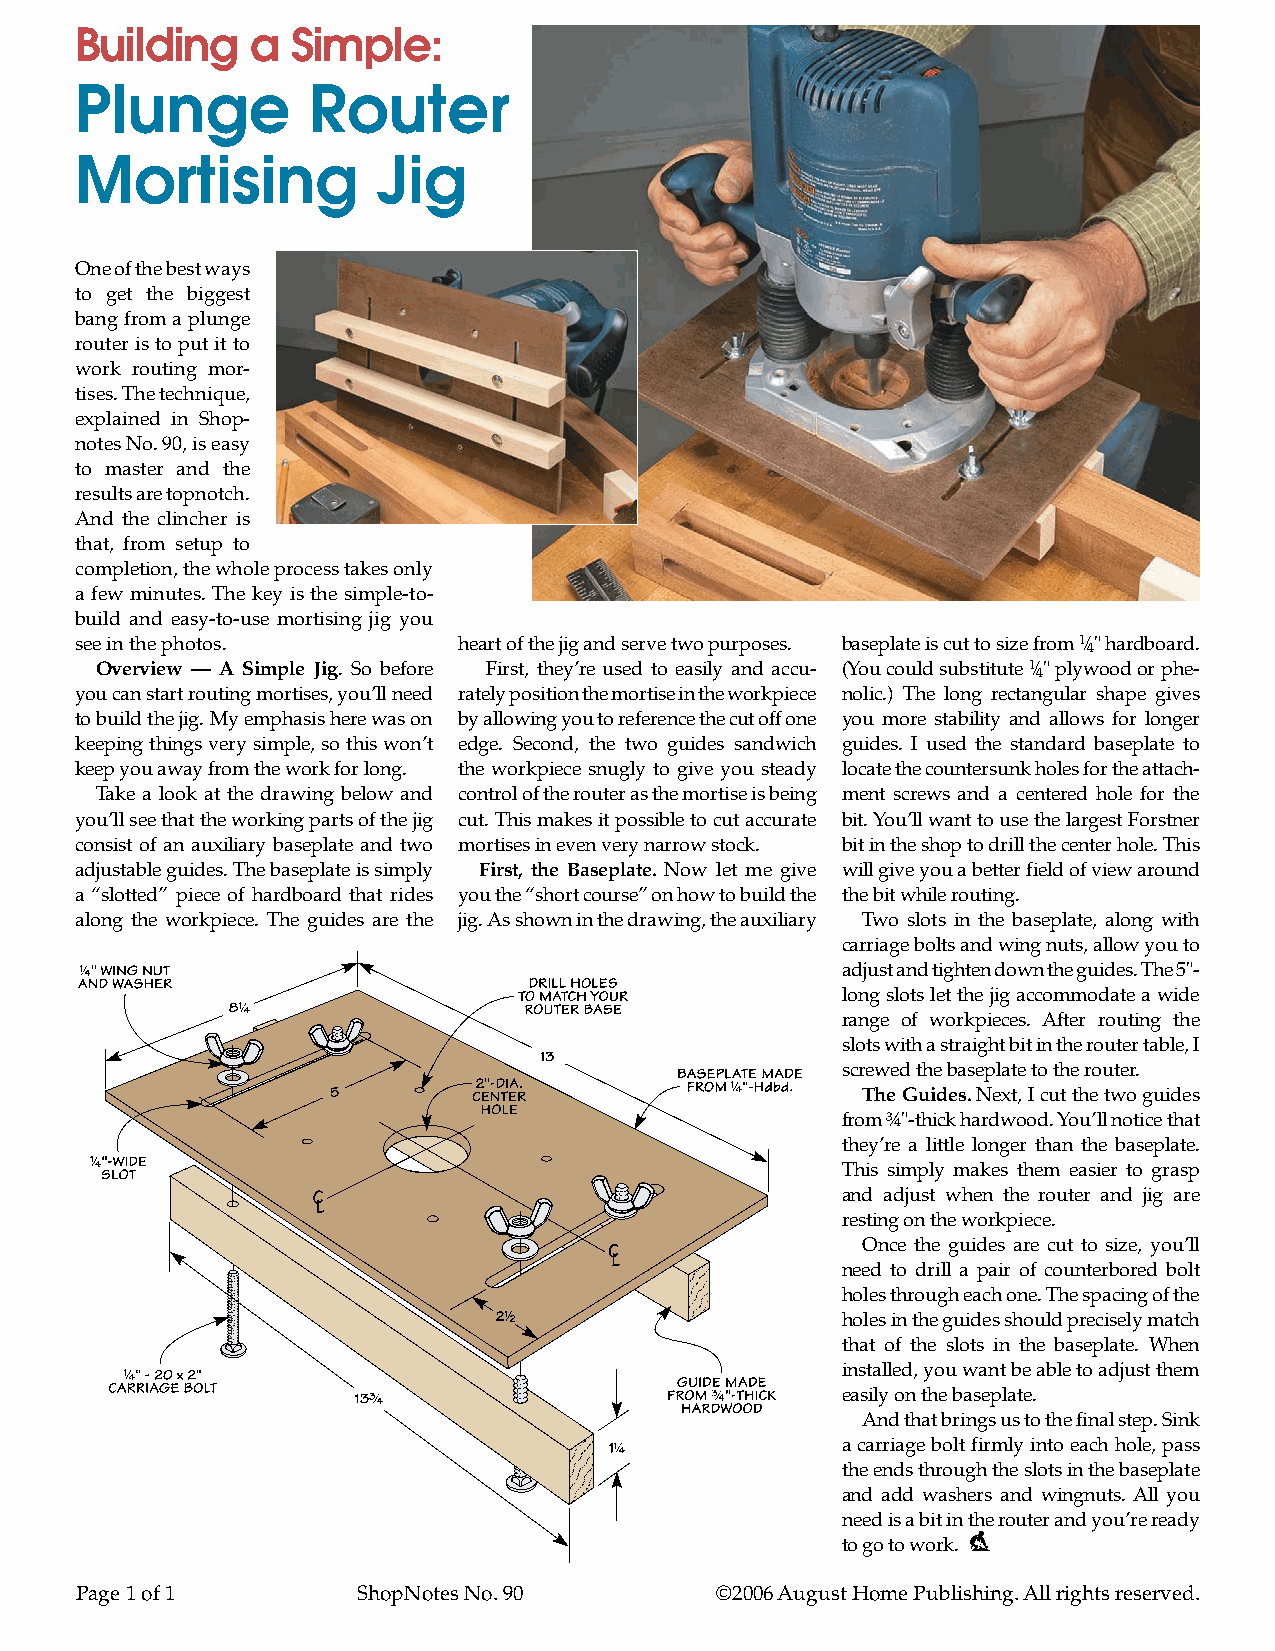
Building    a Simple:
 Plunge         Router
 Mortising           Jig
 One of the best ways
 to get the biggest
 bang from a plunge
 router is to put it to
 work routing mor-
 tises. The technique,
 explained in Shop-
 notes No. 90, is easy
 to master and the
 results are topnotch.
 And the clincher is
 that, from setup to
 completion, the whole process takes only
 a few minutes. The key is the simple-to-
 build and easy-to-use mortising jig you
 see in the photos.       heart of the jig and serve two purposes. baseplate is cut to size from 1⁄" hardboard.
 4
 Overview — A Simple Jig. So before First, they’re used to easily and accu- (You could substitute 1⁄" plywood or phe-
 4
 you can start routing mortises, you’ll need rately position the mortise in the workpiece nolic.) The long rectangular shape gives
 to build the jig. My emphasis here was on by allowing you to reference the cut off one you more stability and allows for longer
 keeping things very simple, so this won’t edge. Second, the two guides sandwich guides. I used the standard baseplate to
 keep you away from the work for long. the workpiece snugly to give you steady locate the countersunk holes for the attach-
 Take a look at the drawing below and control of the router as the mortise is being ment screws and a centered hole for the
 you’ll see that the working parts of the jig cut. This makes it possible to cut accurate bit. You’ll want to use the largest Forstner
 consist of an auxiliary baseplate and two mortises in even very narrow stock. bit in the shop to drill the center hole. This
 adjustable guides. The baseplate is simply First, the Baseplate. Now let me give will give you a better field of view around
 a “slotted” piece of hardboard that rides you the “short course” on how to build the the bit while routing.
 along the workpiece. The guides are the jig. As shown in the drawing, the auxiliary Two slots in the baseplate, along with
 carriage bolts and wing nuts, allow you to
 adjust and tighten down the guides. The 5"-
 long slots let the jig accommodate a wide
 range of workpieces. After routing the
 slots with a straight bit in the router table, I
 screwed the baseplate to the router.
 The Guides. Next, I cut the two guides
 from ¾"-thick hardwood. You’ll notice that
 they’re a little longer than the baseplate.
 This simply makes them easier to grasp
 and adjust when the router and jig are
 resting on the workpiece.
 Once the guides are cut to size, you’ll
 need to drill a pair of counterbored bolt
 holes through each one. The spacing of the
 holes in the guides should precisely match
 that of the slots in the baseplate. When
 installed, you want be able to adjust them
 easily on the baseplate.
 And that brings us to the final step. Sink
 a carriage bolt firmly into each hole, pass
 the ends through the slots in the baseplate
 and add washers and wingnuts. All you
 need is a bit in the router and you’re ready
 to go to work.
 Page 1 of 1        ShopNotes No. 90       ©2006 August Home Publishing. All rights reserved.